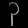
Digit: ၃